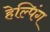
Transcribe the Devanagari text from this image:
हेल्पिंग